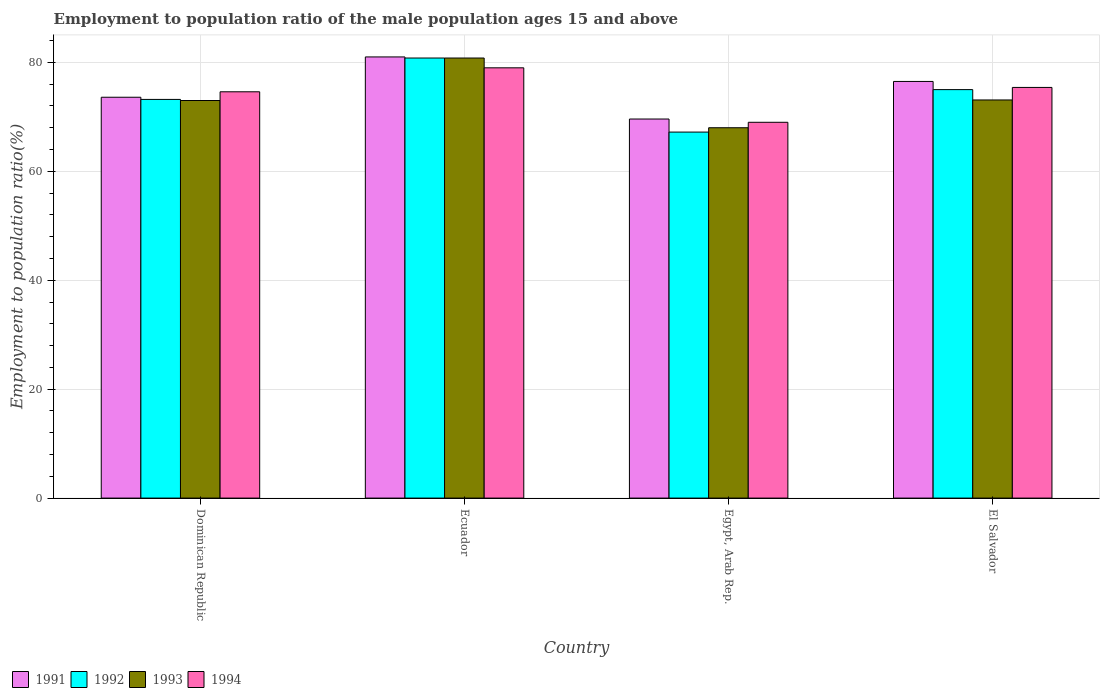
| Country | 1991 | 1992 | 1993 | 1994 |
 | --- | --- | --- | --- | --- |
 | Dominican Republic | 73.6 | 73.2 | 73 | 74.6 |
 | Ecuador | 81 | 80.8 | 80.8 | 79 |
 | Egypt, Arab Rep. | 69.6 | 67.2 | 68 | 69 |
 | El Salvador | 76.5 | 75 | 73.1 | 75.4 |